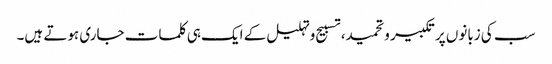
سب کی زبانوں پر تکبیر وتحمید، تسبیح وتہلیل کے ایک ہی کلمات جاری ہوتے ہیں۔